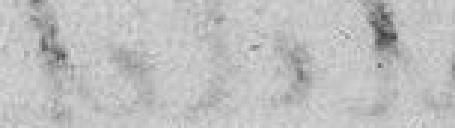
les lois que la population de cette Ville jure d'être